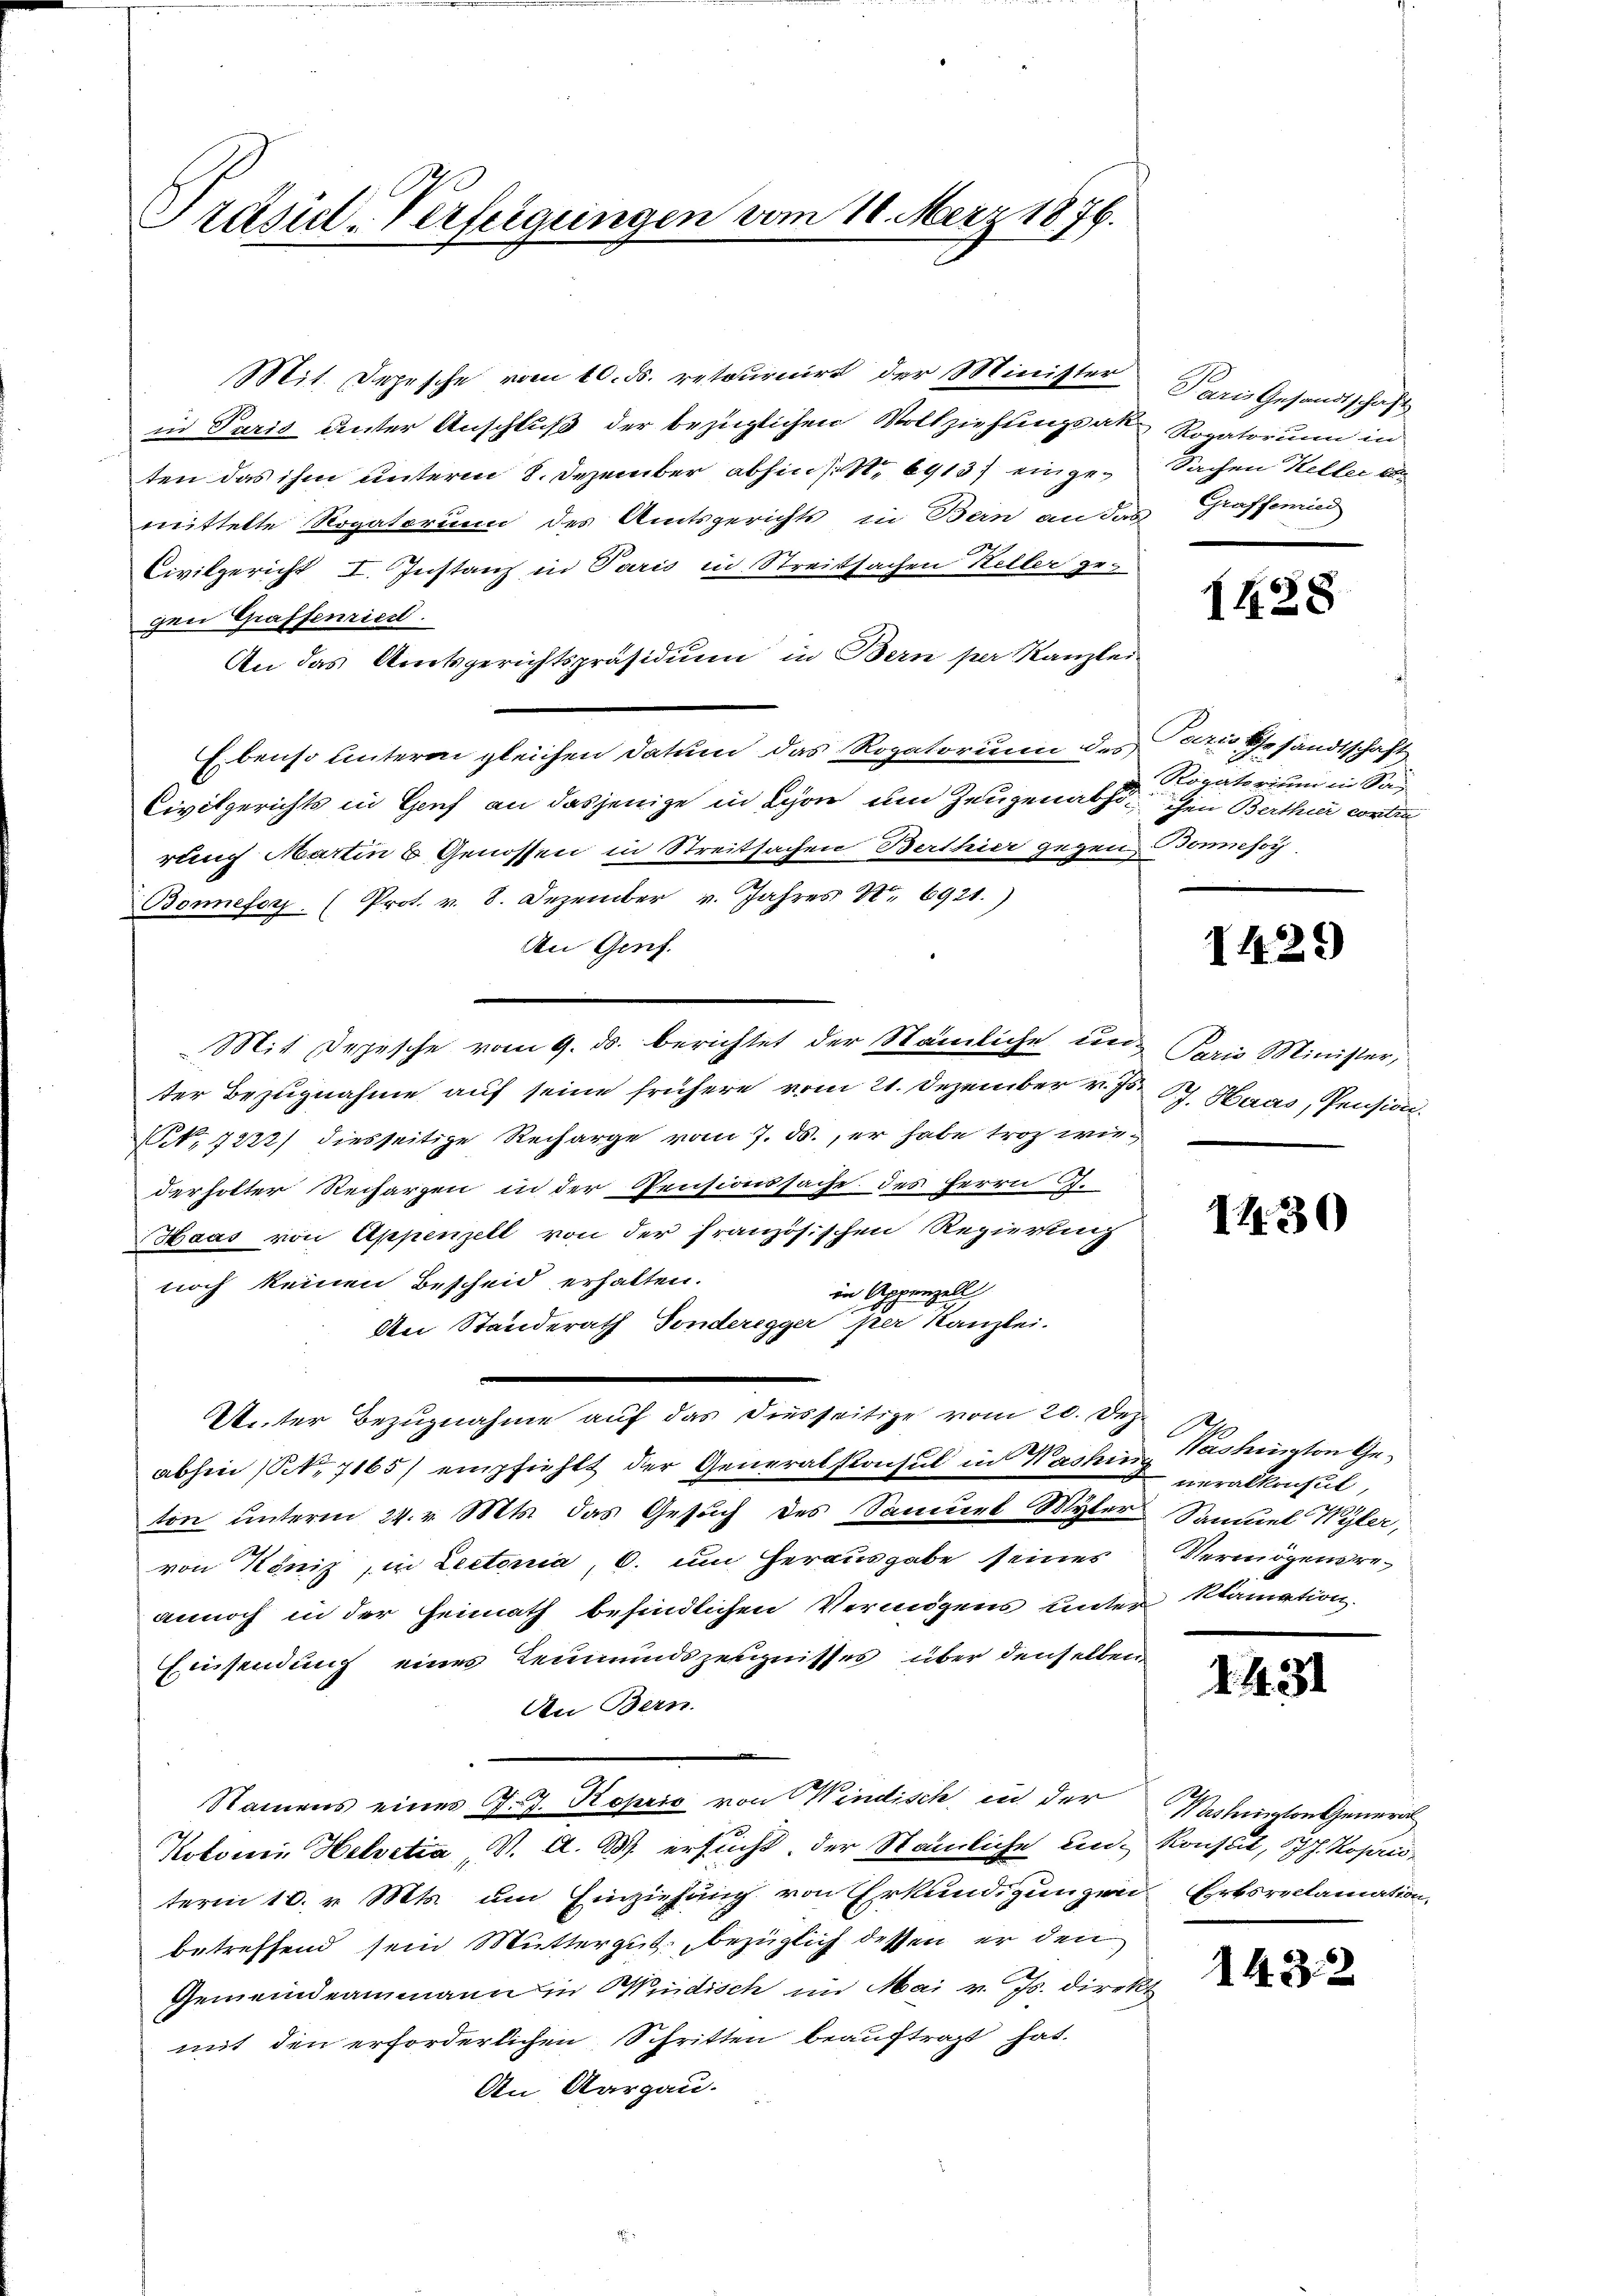
Präsid-Verfeigungen vom 10. März 1876.

Mit. Depesche vom 10. ds. retournirt der Minister
in Paris unter Anschluß der bezüglichen Vollziehungsak Rogatorum in
ten das ihm unterm 8. Dezember abhin (S. 6913) eingemittelte Rogatorumm des Amtsgerichts in Bein an das Grafferied
Civilgericht I. Instanz in Paris in Streitsachen Keller ge-
gen Graffenriest.
An das Amtsgerichtspräsidium in Bern per Kanzlei
Ebenso unterm gleichen Datum das Rogatorium des Paris Gesandtschaft
Civilgerichts in Genf an dasjenige in Schon um Zeugenabsichen Berthur contin
rauch Martin 6 Genossen in Streitsachen Berthier gegen Bonnsoy
Bonnefor (Prot. v. 8. Dezember v. Jahres N. 6921.)
An Gesch.
Mit Depesche vom 9. ds. berichtet der Stämliche un- Paris Minister,
ter Bezugnahme auf seine frühere vom 21. Dezember v. Js.
(. 7222) diesseitige Recharge vom 7. ds., er habe troz wiederholter Recharzen in der Pensionssache des Herrn J.
Haas von Appenzell von der französischen Regierung
noch keinen Bescheid erhalten.
in Appenzell
An Standerath Sonderegger per Kanzlei.
Unter Bezugnahme auf das diesseitige vom 20. Dez
abhin (No 7165/ empfiehlt der Generalkonsul in Washin. Washington Geton unterm 24. v. Mts. das Gesuch des Samuel Myter Samuel Wyler,
von König, in Lectoria, C. um Herausgabe seines
annoch in der Heimath befindlichen Vermögens unter klamation.
Einsendung eines Leumundszeugnisses über denselben
An Bern.
Namens eines J. J. Koprio von Windisch in der
Kotorii Helvetia, V. A. B. ersucht, der Stämmliche unterm 10. v. Mts. um Einziehung von Erkundigungen Erbsreclamation,
betreffend sein Muttergut, bezüglich dessen er den
Gemeindeammann in Windisch im Mai v. Js. direkt
mit den erforderlichen Schritten beauftragt hat.
An Aargau.

Paris Gesandtschaft
Sachen Keller et

I428

Rogatorium in Sa¬

1429)

P. Haas, Pension.

1430

2
neralkonsul,
Vermögensre¬

1431

Mesheiten Genera
Konseil, dh. Kopiris

1432